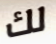
لك